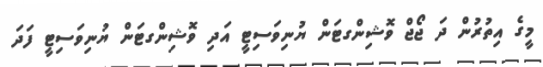
މީގެ އިތުރުން ދަ ޖޯޖް ވޮޝިންގޓަން ޔުނިވަސިޓީ އަދި ވޮޝިންގޓަން ޔުނިވަސިޓީ ފަދަ